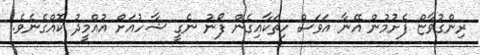
ރިންގުވާޏް ފެށުމުން އޭނާ އަވަސް ހިތަކާއިގެން ފޯނު ނެގީ ޝާހުއަށް އުއްމީދު ކޮއްގެނެވެ.